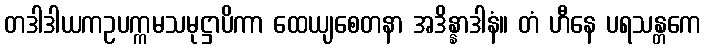
တဒါဒါယကဥပက္ကမသမုဋ္ဌာပိကာ ထေယျစေတနာ အဒိန္နာဒါနံ။ တံ ဟီနေ ပရသန္တကေ